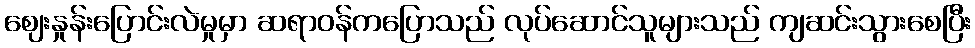
ဈေးနှုန်းပြောင်းလဲမှုမှာ ဆရာဝန်ကပြောသည် လုပ်ဆောင်သူများသည် ကျဆင်းသွားစေပြီး